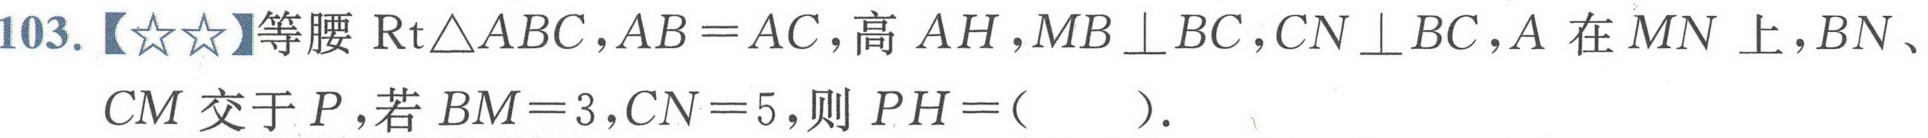
103.【★★】等腰\(\text{Rt}\triangle ABC\)，\(AB = AC\)，高\(AH\)，\(MB\perp BC\)，\(CN\perp BC\)，\(A\)在\(MN\)上，\(BN\)、\(CM\)交于\(P\)，若\(BM = 3\)，\(CN = 5\)，则\(PH=(\ \ \ \ \ )\).